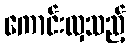
ကောင်းလှသည့်